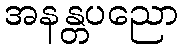
အနန္တပညော